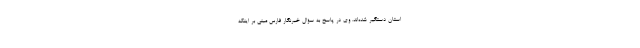
استان دستگیر شده‌اند. وی در پاسخ به سؤال خبرنگار فارس مبنی بر اینکه